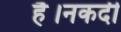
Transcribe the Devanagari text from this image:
है।नकदी